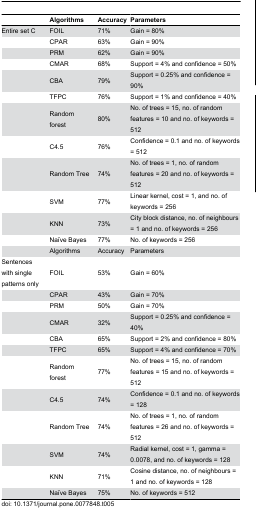
<table><thead><tr><td></td><td><b>Algorithms</b></td><td><b>Accuracy</b></td><td><b>Parameters</b></td></tr></thead><tbody><tr><td>Entire set C</td><td>FOIL</td><td>71%</td><td>Gain = 80%</td></tr><tr><td></td><td>CPAR</td><td>63%</td><td>Gain = 90%</td></tr><tr><td></td><td>PRM</td><td>62%</td><td>Gain = 90%</td></tr><tr><td></td><td>CMAR</td><td>68%</td><td>Support = 4% and confidence = 50%</td></tr><tr><td></td><td>CBA</td><td>79%</td><td>Support = 0.25% and confidence = 90%</td></tr><tr><td></td><td>TFPC</td><td>76%</td><td>Support = 1% and confidence = 40%</td></tr><tr><td></td><td>Random forest</td><td>80%</td><td>No. of trees = 15, no. of random features = 10 and no. of keywords = 512</td></tr><tr><td></td><td>C4.5</td><td>76%</td><td>Confidence = 0.1 and no. of keywords = 512</td></tr><tr><td></td><td>Random Tree</td><td>74%</td><td>No. of trees = 1, no. of random features = 20 and no. of keywords = 512</td></tr><tr><td></td><td>SVM</td><td>77%</td><td>Linear kernel, cost = 1, and no. of keywords = 256</td></tr><tr><td></td><td>KNN</td><td>73%</td><td>City block distance, no. of neighbours = 1 and no. of keywords = 256 </td></tr><tr><td></td><td>Naïve Bayes</td><td>77%</td><td>No. of keywords = 256</td></tr><tr><td></td><td>Algorithms</td><td>Accuracy</td><td>Parameters</td></tr><tr><td>Sentences with single patterns only</td><td>FOIL</td><td>53%</td><td>Gain = 60%</td></tr><tr><td></td><td>CPAR</td><td>43%</td><td>Gain = 70%</td></tr><tr><td></td><td>PRM</td><td>50%</td><td>Gain = 70%</td></tr><tr><td></td><td>CMAR</td><td>32%</td><td>Support = 0.25% and confidence = 40%</td></tr><tr><td></td><td>CBA</td><td>65%</td><td>Support = 2% and confidence = 80%</td></tr><tr><td></td><td>TFPC</td><td>65%</td><td>Support = 4% and confidence = 70%</td></tr><tr><td></td><td>Random forest</td><td>77%</td><td>No. of trees = 15, no. of random features = 15 and no. of keywords = 512</td></tr><tr><td></td><td>C4.5</td><td>74%</td><td>Confidence = 0.1 and no. of keywords = 128</td></tr><tr><td></td><td>Random Tree</td><td>74%</td><td>No. of trees = 1, no. of random features = 26 and no. of keywords = 512</td></tr><tr><td></td><td>SVM</td><td>74%</td><td>Radial kernel, cost = 1, gamma = 0.0078, and no. of keywords = 128</td></tr><tr><td></td><td>KNN</td><td>71%</td><td>Cosine distance, no. of neighbours = 1 and no. of keywords = 128 </td></tr><tr><td></td><td>Naïve Bayes</td><td>75%</td><td>No. of keywords = 512</td></tr></tbody></table>